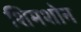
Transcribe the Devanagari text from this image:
शिमशोन